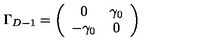
\Gamma _ { D - 1 } = \left( \begin{array} { c c } { 0 } & { \gamma _ { 0 } } \\ { - \gamma _ { 0 } } & { 0 } \\ \end{array} \right)